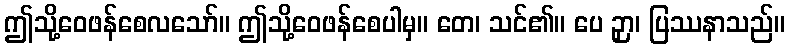
ဤသို့ဝေဖန်စေလသော်။ ဤသို့ဝေဖန်စေပါမှ။ တေ၊ သင်၏။ ပေ ဉှာ၊ ပြဿနာသည်။